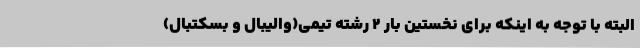
البته با توجه به اینکه برای نخستین بار 2 رشته تیمی(والیبال و بسکتبال)